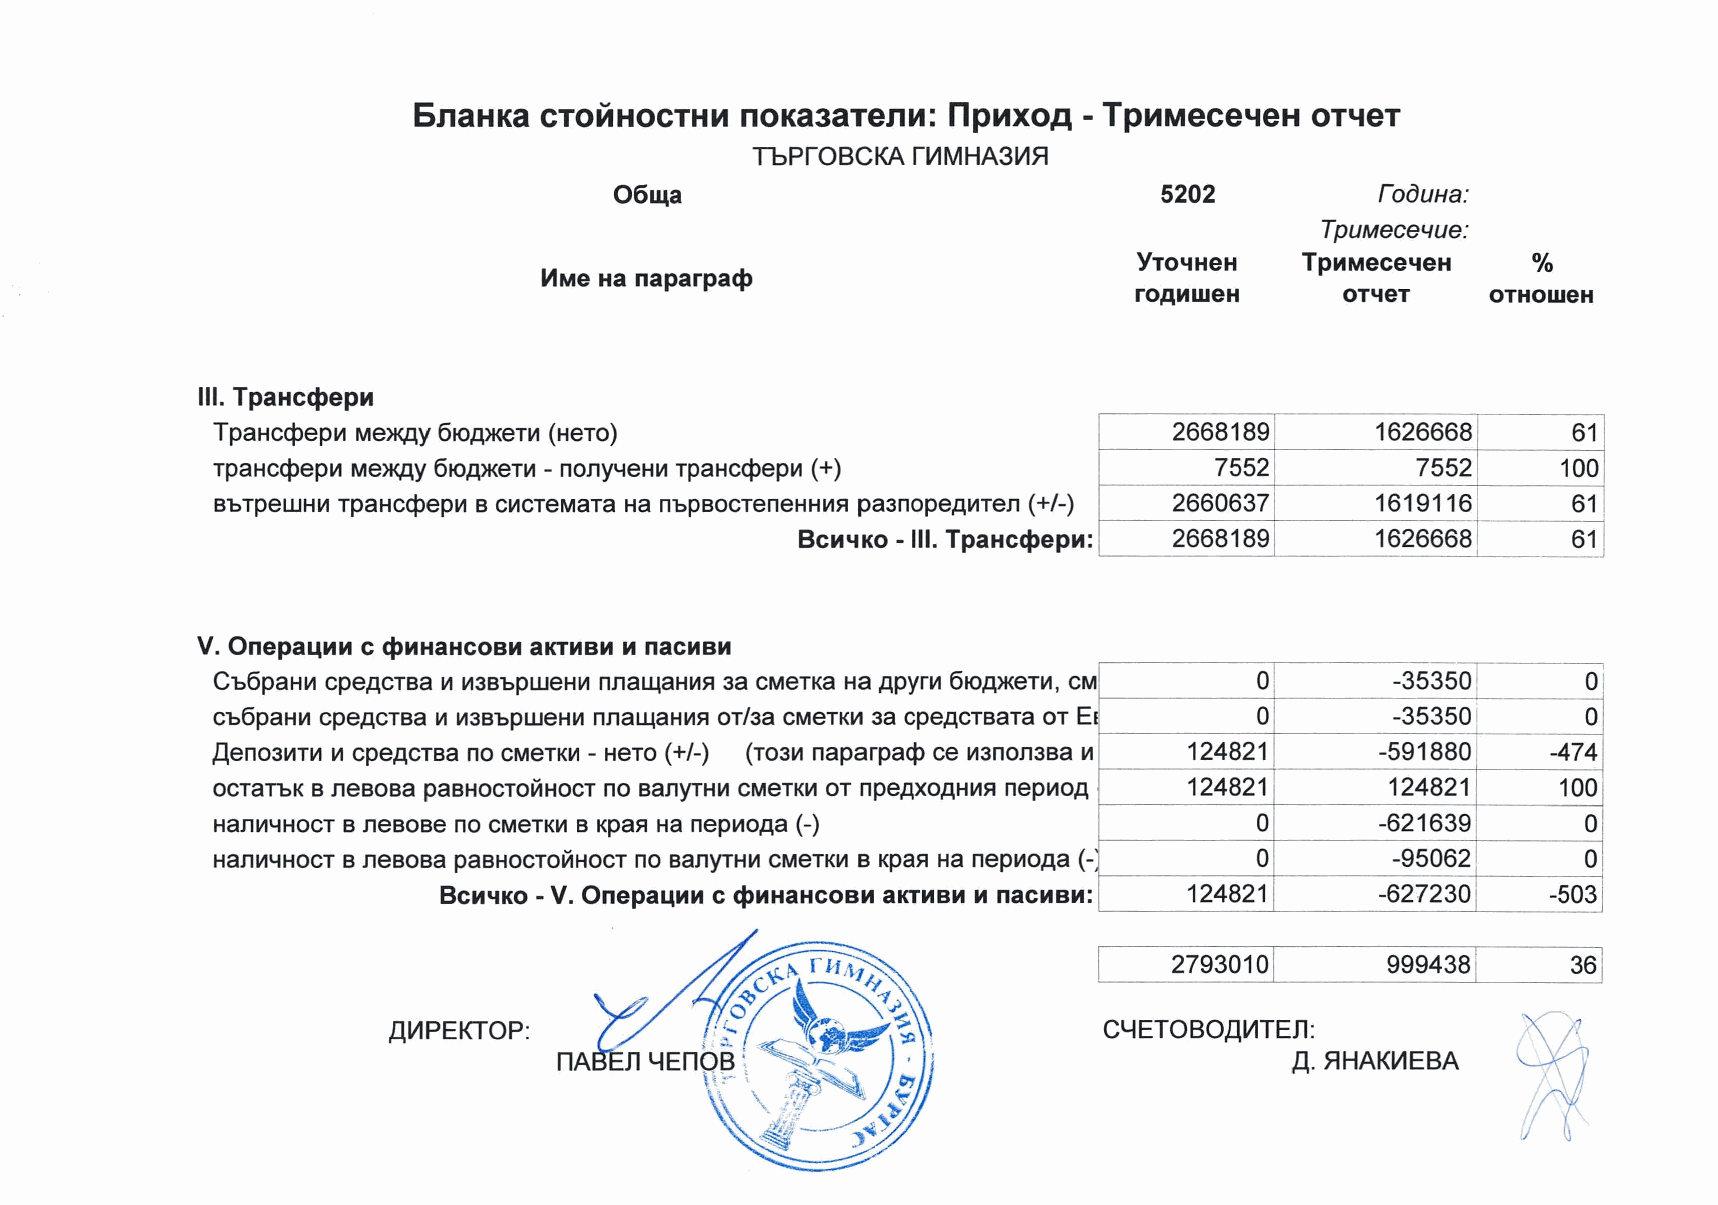
611aHKa CTOMHOCTHM   nOK333T911M:  np1t1XOA - Tp1t1MeCe"leH OT"l9T
 TbPrOBCKArV1MHA3V1H
 0611,\a                             5202          roOUHa:
 TpuMecel/ue:
 TpMMece~eH
 0k
 MMe Ha naparpa<t>
 OTHOWeH
 OT~eT
 Ill. TpaHc<t>epM
 2668189      1626668      61
 TpaHccpep1.1 Me>K,D,y 6toA>KeT1.1 (HeTo)
 TpaHccpep1.1 Me>K,D,y 6toA>KeT1.1 - no11y4eH1.1 TpaHccpeplll (+)   7552         7552      100
 BbTpeWHlfl TpaHccpep1.1 B ClflCTeMaTa Ha nbpBOCTeneHHlflfl pa3nopeA1t1Te11 (+/-) 2660637 16191161 61
 BcM~Ko - Ill. TpaHc<t>epM: 2668189    1626668      61
 V. Onepa~MM c <t>MHaHcoeM aKTMBM M nacMBM
 Cb6paH1.1 cpeACTBa lil lf13BbpweHlil nna~aHlllfl 3a cMeTKa Ha APYrlfl 6toA>KeTlil, CM 0 -35350 O'
 Cb6paHlil cpeACTBa lil lf13BbpWeHlil nna~aHlilfl OTl3a CMeTKlfl 38 cpeACTBaTa OT E I 0 -353501 0
 ,Qeno31t1T1t1 111 cpeACTBa no cMeTKlil - HeTo ( +/-) (T031f1 naparpacp ce lil3no113sa 111 124821 -591880 -474
 124821       124821     100
 OCT8TbK B IleBOBa paBHOCTOi:1HOCT no BailYTHlfl CMeTKlfl OT npeAXOAHlflfl neplltOA
 0        -621639      0
 H8Illf14HOCT B IleBOBe no CMeTKlfl B Kpas:i Ha nep1t10Aa (-)
 0        -95062       0
 Haillf14HOCT B neBOBa paBHOCTOi:1HOCT no B8IlYTHlf1 CMeTKlfl B Kpas:i Ha nepl!IOAa (-
 BcM~KO - V. Onepa~MM c <t>MHaHCOBM aKTMBM M nacMeM: 124821     -627230    -503
 27930101      9994381
 ,[\V1PEKTOP:                                   CY ETOBO,[\VlTEn:
 ,[\. HHAKV1EBA